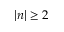
| n | \ge 2